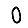
Digit: 0